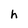
Character: h